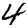
Digit: 4